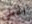
اعطي